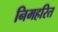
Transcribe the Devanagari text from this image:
निमहरित